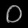
Digit: ၀